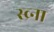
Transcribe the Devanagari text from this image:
स्व्र्ना